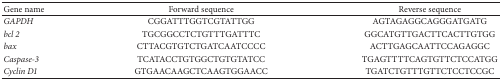
| Gene name | Forward sequence | Reverse sequence |
 | --- | --- | --- |
 | GAPDH | CGGATTTGGTCGTATTGG | AGTAGAGGCAGGGATGATG |
 | bcl 2 | TGCGGCCTCTGTTTGATTTC | GGCATGTTGACTTCACTTGTGG |
 | bax | CTTACGTGTCTGATCAATCCCC | ACTTGAGCAATTCCAGAGGC |
 | Caspase-3 | TCATACCTGTGGCTGTGTATCC | TGAGTTTTCAGTGTTCTCCATGG |
 | Cyclin D1 | GTGAACAAGCTCAAGTGGAACC | TGATCTGTTTGTTCTCCTCCGC |